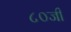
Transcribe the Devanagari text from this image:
८०जी